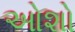
ઓશો